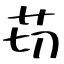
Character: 苆